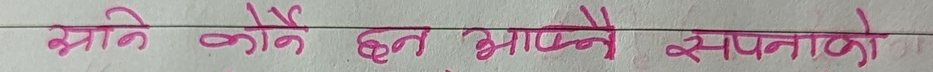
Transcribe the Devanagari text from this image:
आउने कोनै छन भाप्ने सपनाको